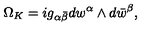
\Omega _ { K } = i g _ { \alpha \bar { \beta } } d w ^ { \alpha } \wedge d \bar { w } ^ { \beta } ,